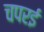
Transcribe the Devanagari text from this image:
चपरई